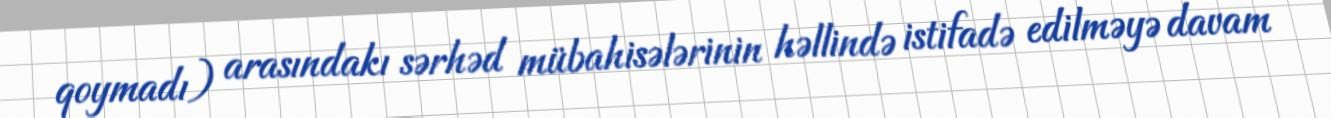
qoymadı) arasındakı sərhəd mübahisələrinin həllində istifadə edilməyə davam